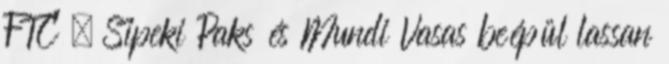
FTC , Sipeki Paks és Mundi Vasas beépül lassan